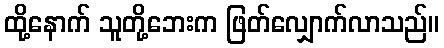
ထို့နောက် သူတို့ဘေးက ဖြတ်လျှောက်လာသည်။